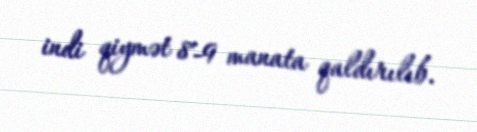
indi qiymət 8-9 manata qaldırılıb.